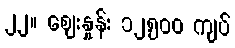
၂၂။ ဈေးနှုန်း ၁၂,၅၀၀ ကျပ်